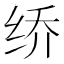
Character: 𰬐